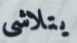
يتلاشى